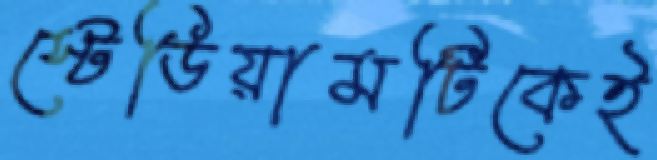
স্টেডিয়ামটিকেই